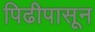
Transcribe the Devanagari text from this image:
पिढीपासून